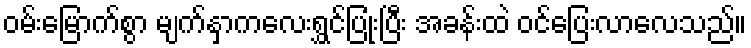
ဝမ်းမြောက်စွာ မျက်နှာကလေးရွှင်ပြုံးပြီး အခန်းထဲ ဝင်ပြေးလာလေသည်။